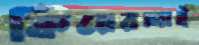
কিয়েরলাই